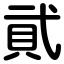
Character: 貮